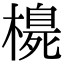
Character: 𪳳